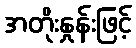
အတိုးနှုန်းဖြင့်